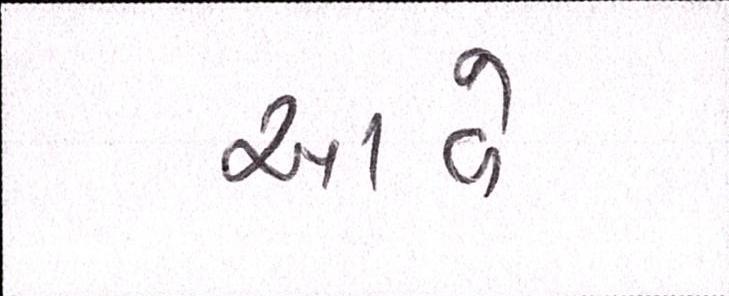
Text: આવે